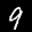
Label: 9